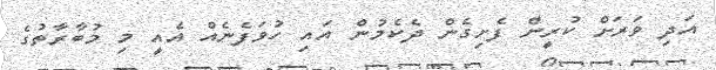
އަދި ވަރަށް ކުރީން ފެށިގެން ދެކެމުން އައި ހުވަފެނެއް އެއީ މި މުބާރާތުގެ